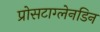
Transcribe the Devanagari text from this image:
प्रोसटाग्लेनडिन